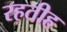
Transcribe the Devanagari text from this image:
रहतीह